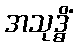
အသုဒ္ဓိံ